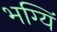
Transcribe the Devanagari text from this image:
भग्यिं